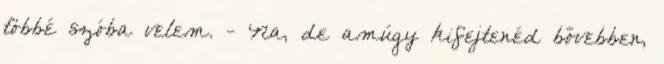
többé szóba velem. - Na, de amúgy kifejtenéd bővebben,